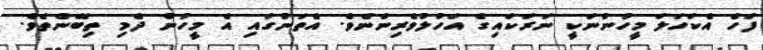
ފަހެ އެކަހަލަ މީހުންނަކީ ނަރަކައިގެ އަހުލުވެރިންނެވެ. އެތަނުގައި އެ މީހުން ދެމި ތިބޭނެތެވެ.